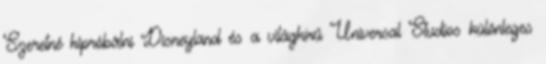
Szeretné kipróbálni Disneyland és a világhírű Universal Studios különleges